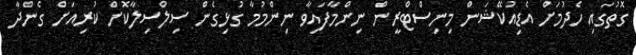
ގޮތުގައި ހެދުމަށް އެޑިއުކޭޝަން މިނިސްޓްރީން ނިންމާފައިވާ ނިންމުމާ ގުޅިގެން ސިލްސިލާކޮށް ކުރިއަށް ގެންދާ